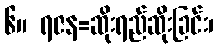
၆။ ရဇန=ဆိုးရည်ဆိုးခြင်း၊